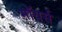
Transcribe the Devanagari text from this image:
मॉयर्स